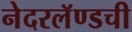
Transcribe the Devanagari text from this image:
नेदरलॅण्डची